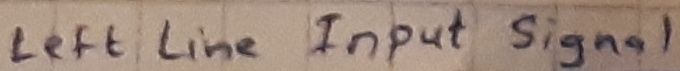
Text: Left LineInput signal